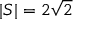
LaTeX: | S | = 2 { \sqrt { 2 } }